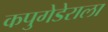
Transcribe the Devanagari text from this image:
कपुगेडेराला